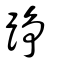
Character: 踭